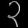
Digit: ၃